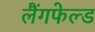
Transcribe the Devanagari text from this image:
लैंगफेल्ड